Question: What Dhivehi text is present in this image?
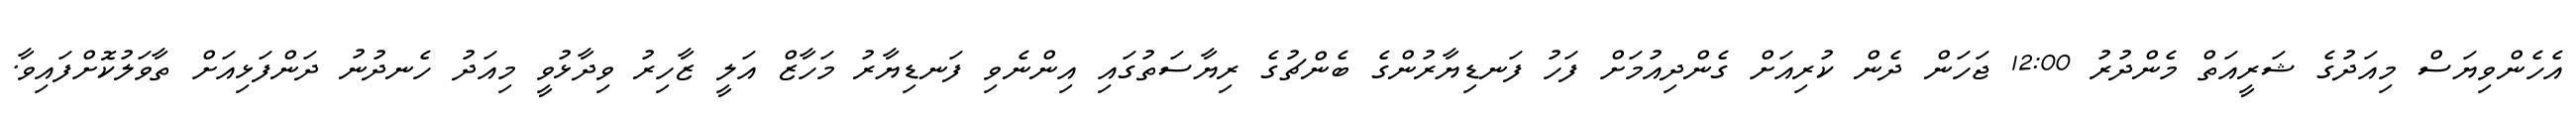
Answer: އެހެންވިޔަސް މިއަދުގެ ޝަރީއަތް މެންދުރު 12:00 ޖަހަން ދެން ކުރިއަށް ގެންދިއުމަށް ފަހު ފަނޑިޔާރުންގެ ބެންޗުގެ ރިޔާސަތުގައި އިންނެވި ފަނޑިޔާރު މަހާޒް އަލީ ޒާހިރު ވިދާޅުވީ މިއަދު ހެނދުނު ދަންފަޅިއަށް ތާވަލުކޮށްފައިވާ.